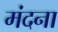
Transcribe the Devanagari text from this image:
मंदना